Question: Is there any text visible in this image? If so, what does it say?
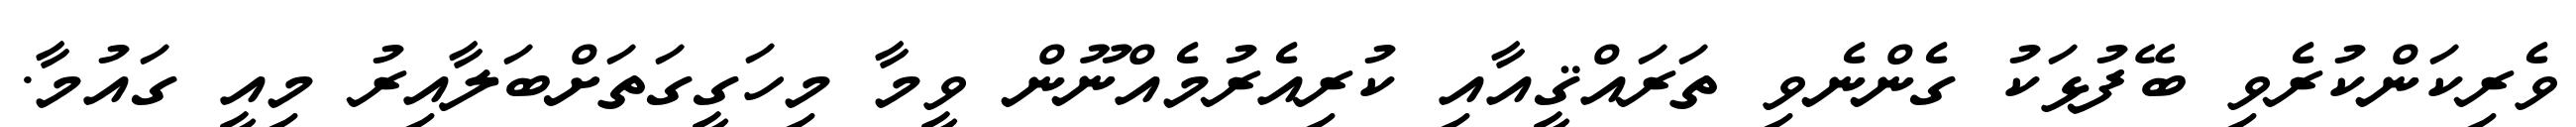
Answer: ވެރިކަންކުރެވި ބޭފުޅަކު ގެންނެވި ތަރައްޤީއާއި ކުރިއެރުމެއްނޫން ވީމާ މިހަގީގަތަށްބަލާއިރު މިއީ ގައުމާ.